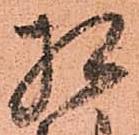
相